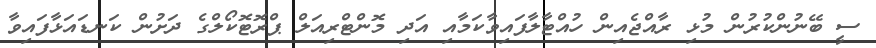
ސީ ބޭނުންކުރުން މުޅި ރާއްޖެއިން ހުއްޓާލާފައިވާކަމާއި އަދި މޮންޓްރިއަލް ޕްރޮޓޮކޯލްގެ ދަށުން ކަނޑައަޅާފައިވާ